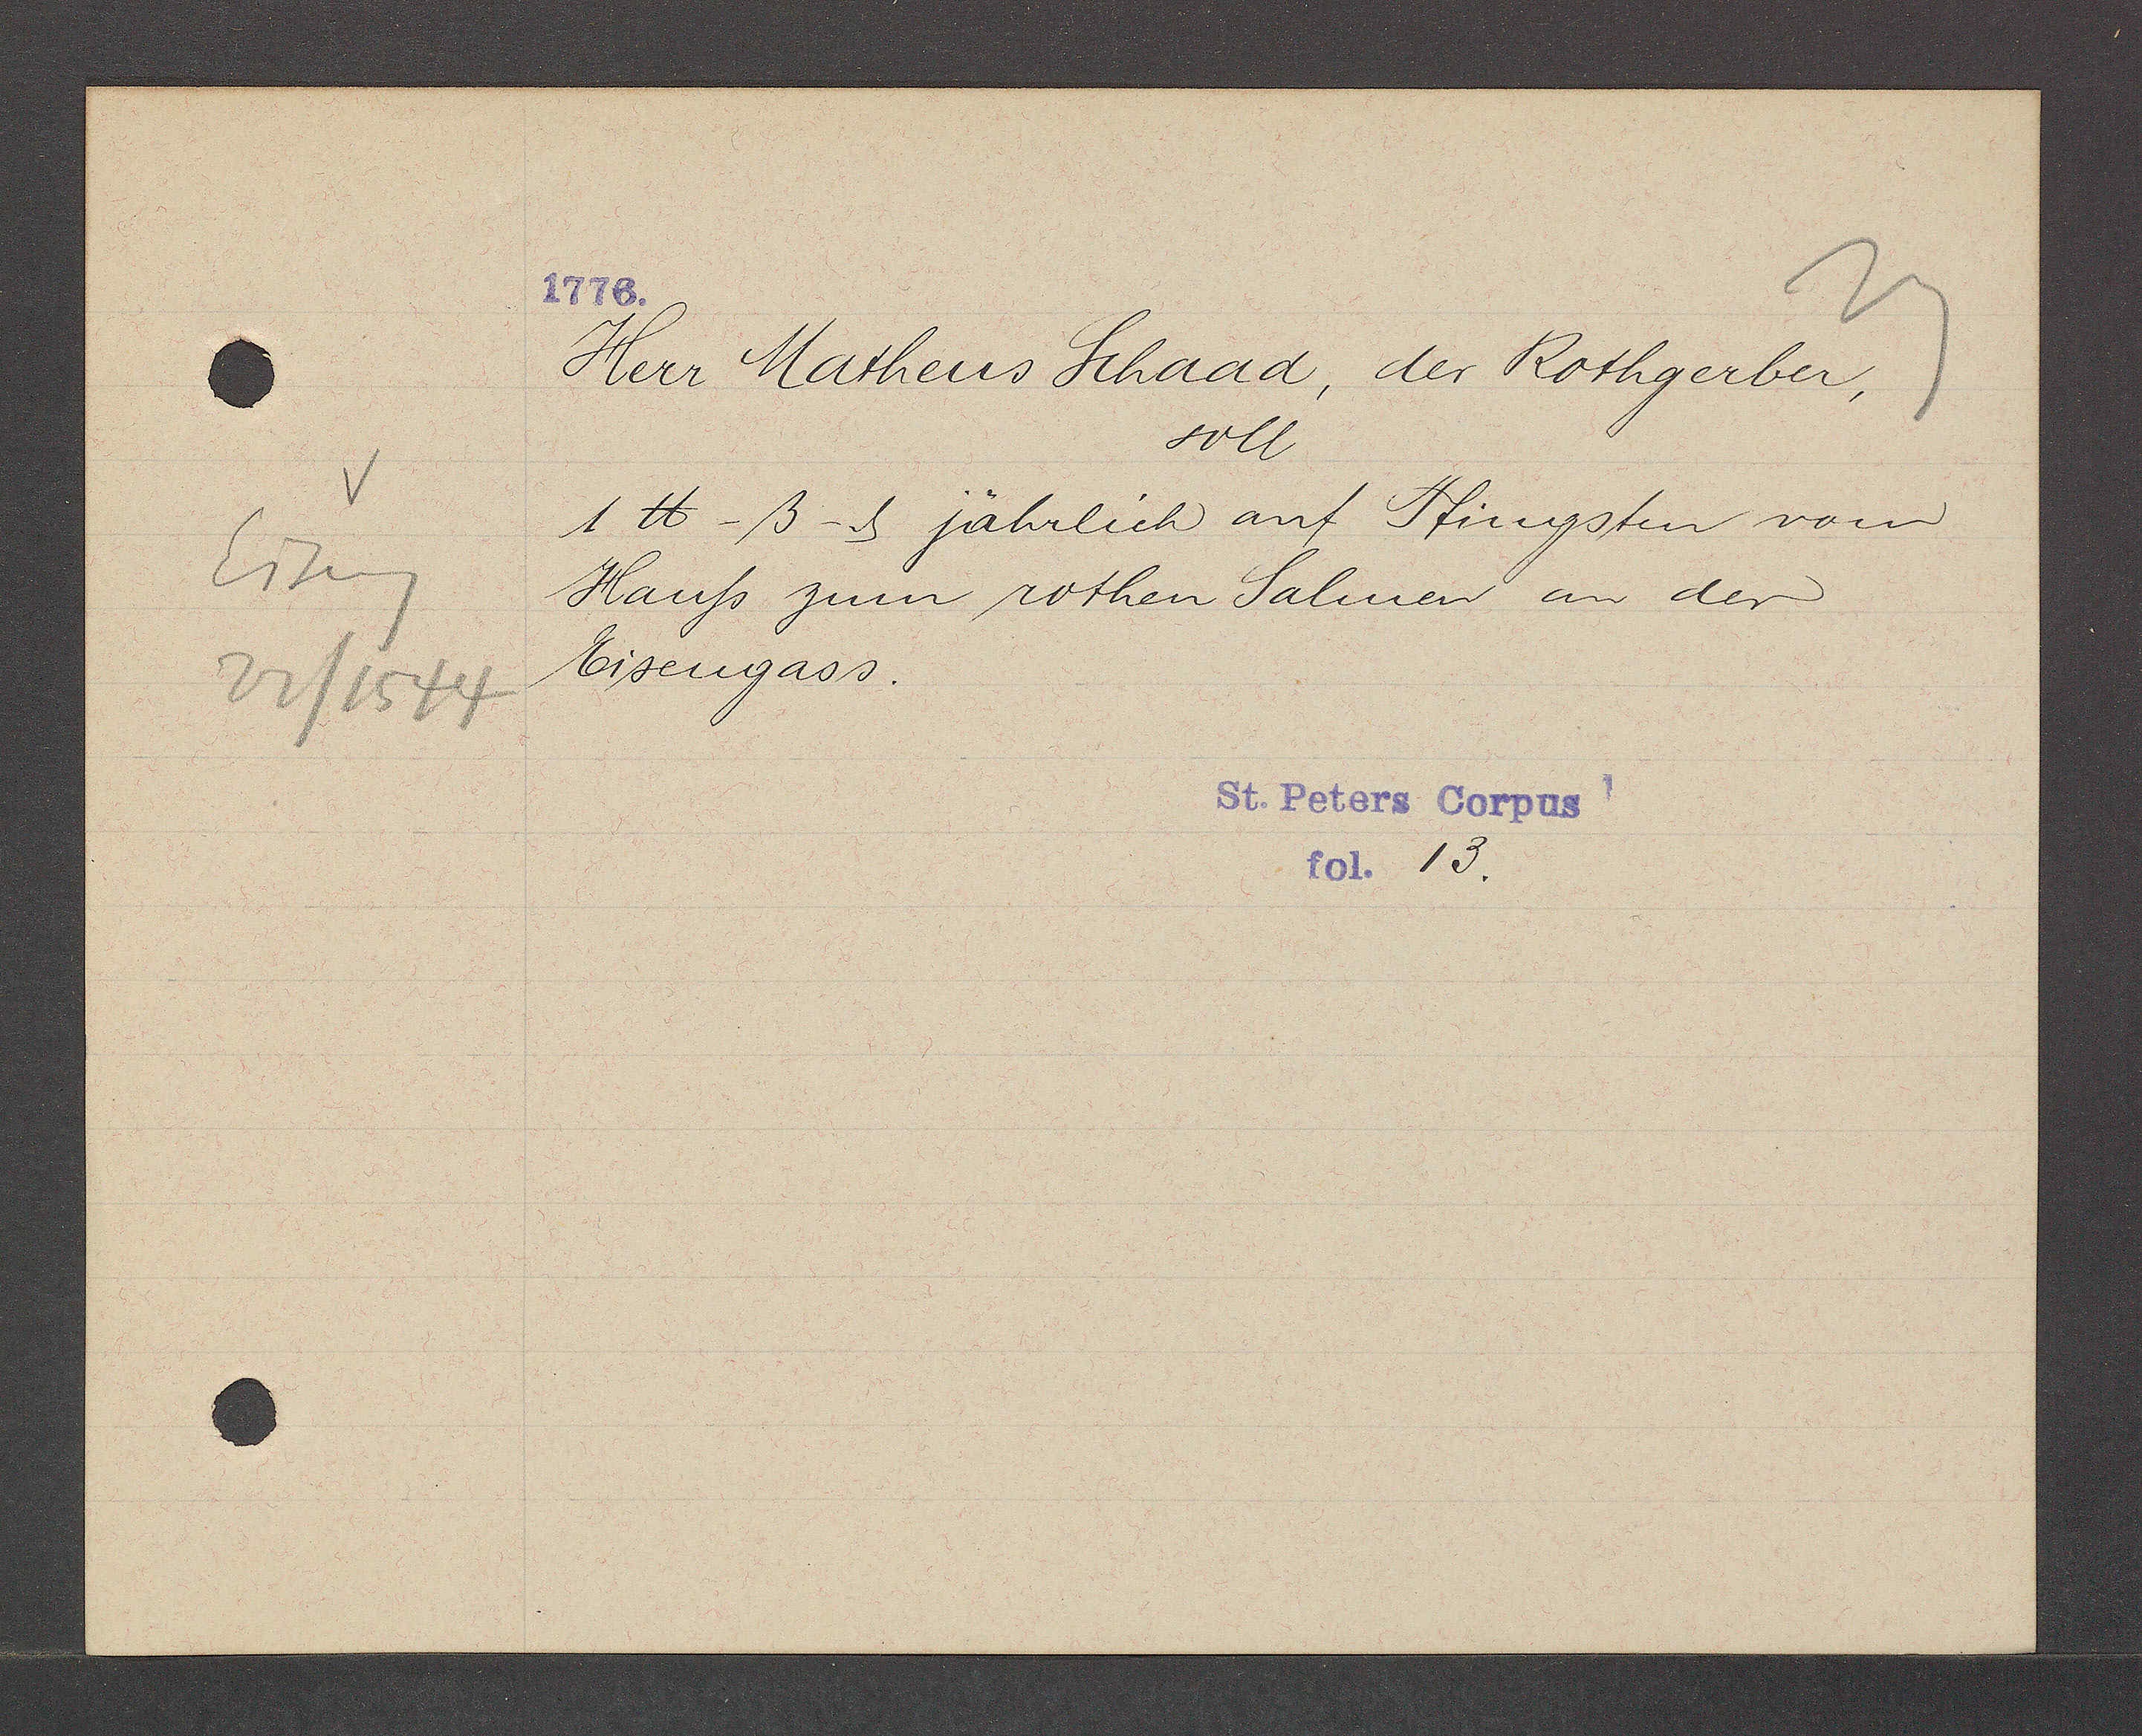
Transcript:
Eiseng
22/1544

Herr Matheus Schaad, der Rothgerber,
soll
1 ℔ -ß-d jährlich auf Pfingsten vom
Hauß zum rothen Salmen an der
Eisengass.
13.